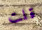
قلت